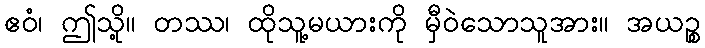
ဧဝံ၊ ဤသို့။ တဿ၊ ထိုသူ့မယားကို မှီဝဲသောသူအား။ အယဉ္စ